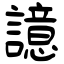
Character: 譩